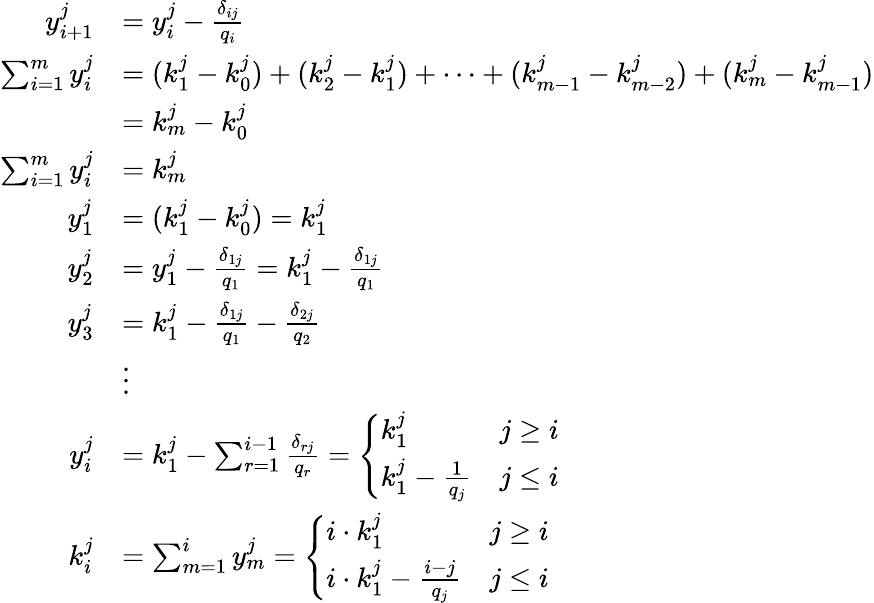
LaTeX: {\begin{array}{rl}{y_{i+1}^{j}}&{=y_{i}^{j}-{\frac{\delta_{ij}}{q_{i}}}}\\ {\sum_{i=1}^{m}y_{i}^{j}}&{=(k_{1}^{j}-k_{0}^{j})+(k_{2}^{j}-k_{1}^{j})+\cdots+(k_{m-1}^{j}-k_{m-2}^{j})+(k_{m}^{j}-k_{m-1}^{j})}\\ &{=k_{m}^{j}-k_{0}^{j}}\\ {\sum_{i=1}^{m}y_{i}^{j}}&{=k_{m}^{j}}\\ {y_{1}^{j}}&{=(k_{1}^{j}-k_{0}^{j})=k_{1}^{j}}\\ {y_{2}^{j}}&{=y_{1}^{j}-{\frac{\delta_{1j}}{q_{1}}}=k_{1}^{j}-{\frac{\delta_{1j}}{q_{1}}}}\\ {y_{3}^{j}}&{=k_{1}^{j}-{\frac{\delta_{1j}}{q_{1}}}-{\frac{\delta_{2j}}{q_{2}}}}\\ &{\vdots}\\ {y_{i}^{j}}&{=k_{1}^{j}-\sum_{r=1}^{i-1}{\frac{\delta_{rj}}{q_{r}}}={\left\{ \begin{array}{ll}{k_{1}^{j}}&{j\geq i}\\ {k_{1}^{j}-{\frac{1}{q_{j}}}}&{j\leq i}\end{array}\right.}}\\ {k_{i}^{j}}&{=\sum_{m=1}^{i}y_{m}^{j}={\left\{ \begin{array}{ll}{i\cdot k_{1}^{j}}&{j\geq i}\\ {i\cdot k_{1}^{j}-{\frac{i-j}{q_{j}}}}&{j\leq i}\end{array}\right.}}\end{array}}